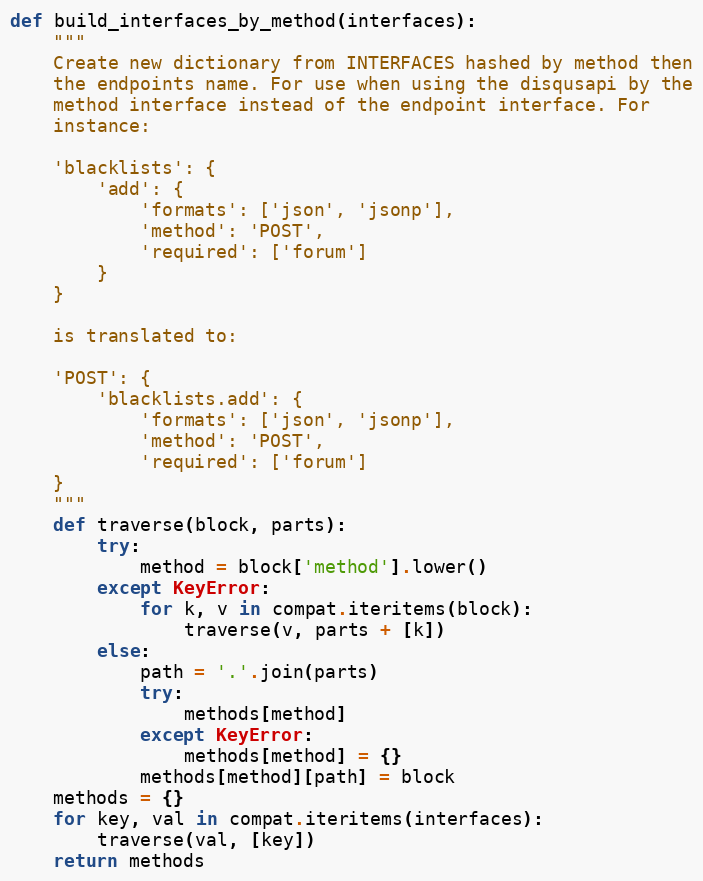
Language: Python
def build_interfaces_by_method(interfaces):
    """
    Create new dictionary from INTERFACES hashed by method then
    the endpoints name. For use when using the disqusapi by the
    method interface instead of the endpoint interface. For
    instance:

    'blacklists': {
        'add': {
            'formats': ['json', 'jsonp'],
            'method': 'POST',
            'required': ['forum']
        }
    }

    is translated to:

    'POST': {
        'blacklists.add': {
            'formats': ['json', 'jsonp'],
            'method': 'POST',
            'required': ['forum']
    }
    """
    def traverse(block, parts):
        try:
            method = block['method'].lower()
        except KeyError:
            for k, v in compat.iteritems(block):
                traverse(v, parts + [k])
        else:
            path = '.'.join(parts)
            try:
                methods[method]
            except KeyError:
                methods[method] = {}
            methods[method][path] = block
    methods = {}
    for key, val in compat.iteritems(interfaces):
        traverse(val, [key])
    return methods